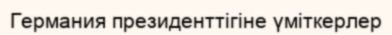
Германия президенттігіне үміткерлер